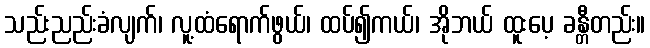
သည်းညည်းခံလျက်၊ လူ့ထံရောက်ဖွယ်၊ ထပ်၍ကယ်၊ အိုဘယ် ထူးပေ့ ခန္တီတည်း။